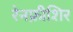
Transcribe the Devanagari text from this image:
रेनफ्रीशिर